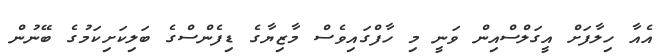
އެއާ ހިލާފަށް އީގަލްސްއިން ވަނީ މި ހާފްގައިވެސް މާޒިޔާގެ ޑިފެންސްގެ ބަލިކަށިކަމުގެ ބޭނުން